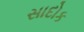
સાદોક